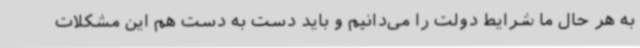
به هر حال ما شرایط دولت را می‌دانیم و باید دست به دست هم این مشکلات